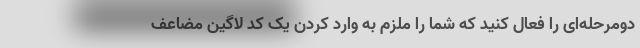
دومرحله‌ای را فعال کنید که شما را ملزم به وارد کردن یک کد لاگین مضاعف